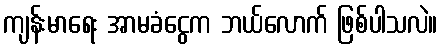
ကျန်းမာရေး အာမခံငွေက ဘယ်လောက် ဖြစ်ပါသလဲ။